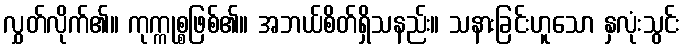
လွှတ်လိုက်၏။ ကုက္ကုစ္စဖြစ်၏။ အဘယ်စိတ်ရှိသနည်း။ သနားခြင်းဟူသော နှလုံးသွင်း